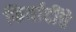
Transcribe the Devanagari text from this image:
फिर्यादींचे